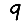
Digit: 9